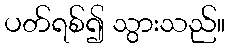
ပတ်ရစ်၍ သွားသည်။